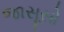
જાસૂસો